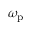
\omega _ { \mathrm { p } }